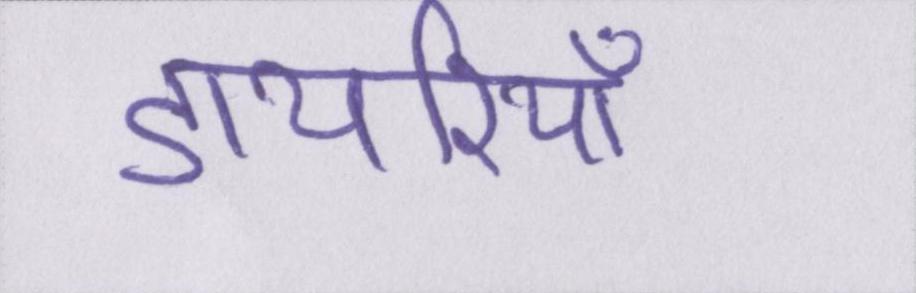
डायरियाँ